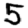
Digit: 5